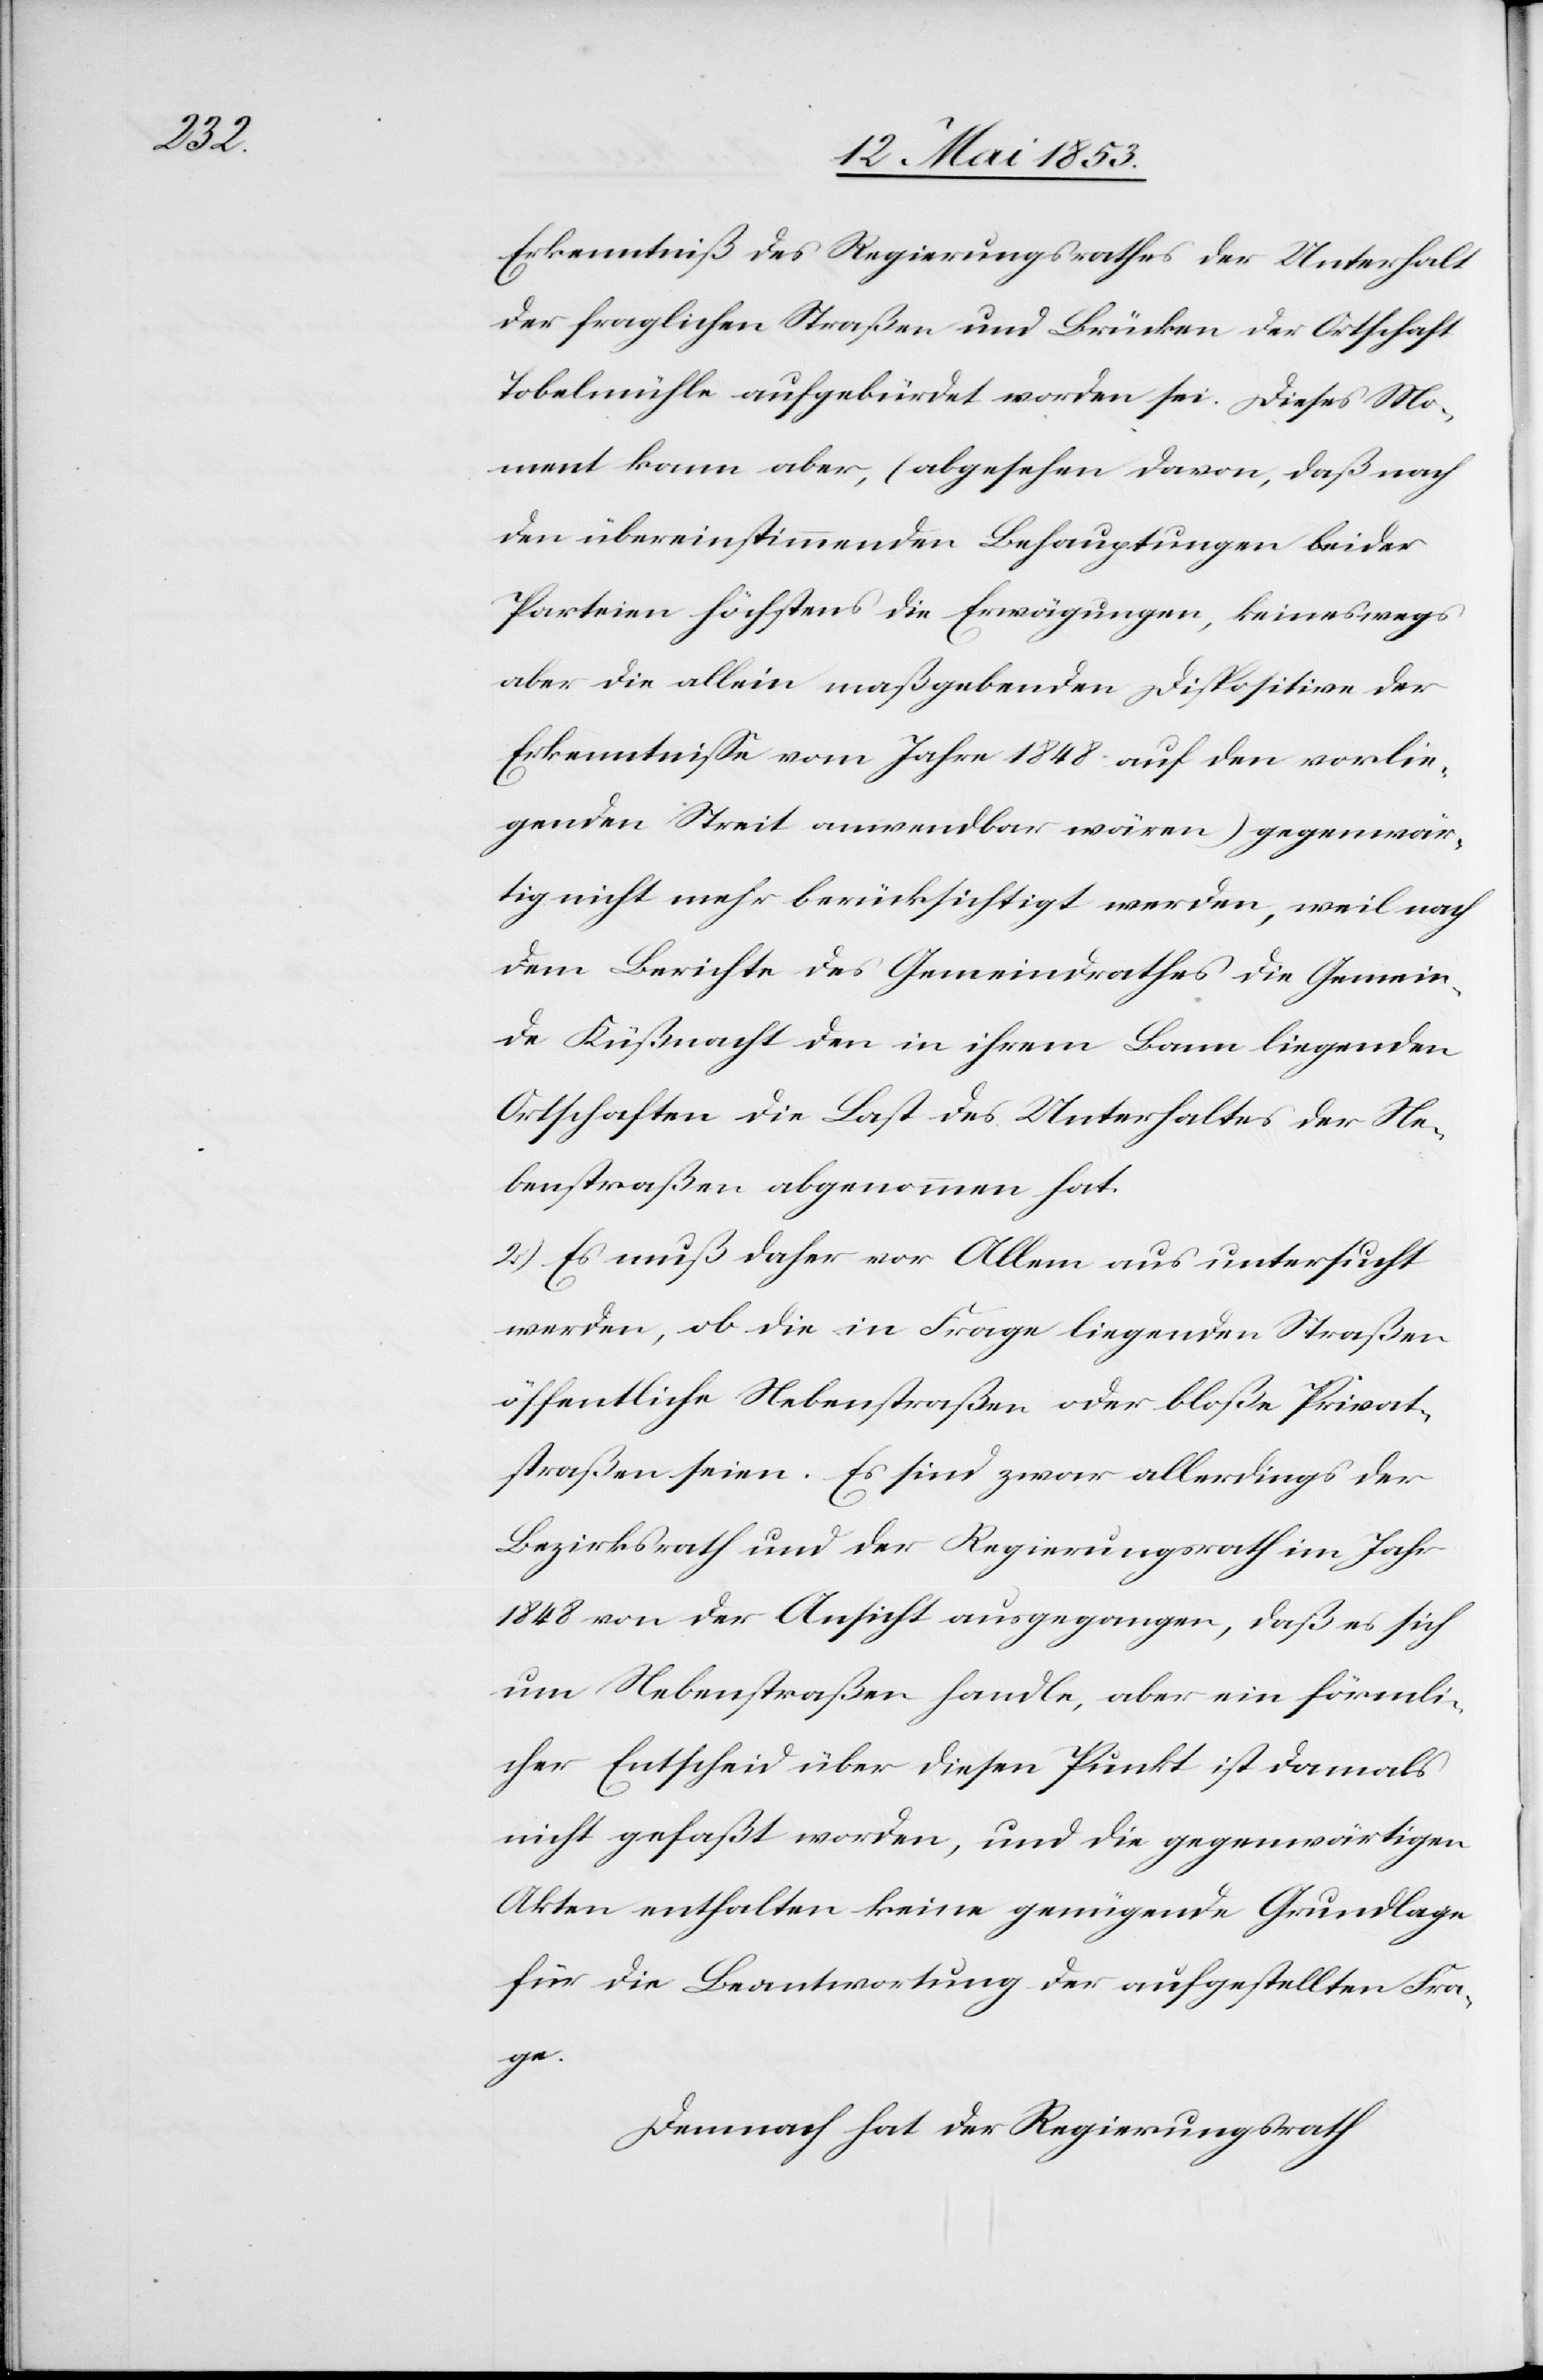
Erkenntniß des Regierungsrathes der Unterhalt
der fraglichen Straßen und Brücken der Ortschaft
Tobelmühle aufgebürdet worden sei. Dieses Mo¬
ment kann aber, (abgesehen davon, daß nach
den übereinstimmenden Behauptungen beider
Parteien höchstens die Erwägungen, keineswegs
aber die allein maßgebenden Dispositive der
Erkenntniße vom Jahre 1848 auf den vorlie¬
genden Streit anwendbar wären) gegenwär¬
tig nicht mehr berücksichtigt werden, weil nach
dem Berichte des Gemeindrathes die Gemein¬
de Küßnacht den in ihrem Bann liegenden
Ortschaften die Last des Unterhalts der Ne¬
benstraßen abgenommen hat.
2.) Es muß daher vor Allem aus untersucht
werden, ob die in Frage liegenden Straßen
öffentliche Nebenstraßen oder bloße Privat¬
straßen seien. Es sind zwar allerdings der
Bezirksrath und der Regierungsrath im Jahr
1848 von der Ansicht ausgegangen, daß es sich
um Nebenstraßen handle, aber ein förmli¬
cher Entscheid über diesen Punkt ist damals
nicht gefaßt worden, und die gegenwärtigen
Akten enthalten keine genügende Grundlage
für die Beantwortung der aufgestellten Fra¬
ge.
Demnach hat der Regierungsrath